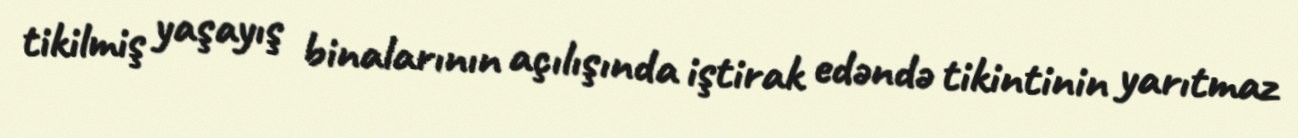
tikilmiş yaşayış binalarının açılışında iştirak edəndə tikintinin yarıtmaz